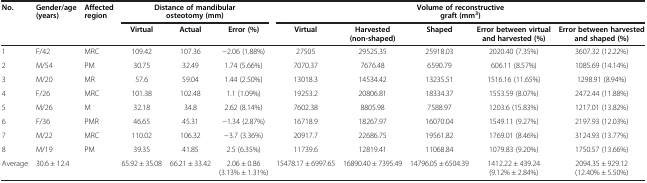
<table><thead><tr><td><b>No.</b></td><td><b>Gender/age (years)</b></td><td><b>Affected region</b></td><td colspan="3"><b>Distance of mandibular osteotomy (mm)</b></td><td colspan="5"><b>Volume of reconstructive graft (mm<sup>3</sup>)</b></td></tr><tr><td><b> </b></td><td><b> </b></td><td><b> </b></td><td><b>Virtual</b></td><td><b>Actual</b></td><td><b>Error (%)</b></td><td><b>Virtual</b></td><td><b>Harvested (non-shaped)</b></td><td><b>Shaped</b></td><td><b>Error between virtual and harvested (%)</b></td><td><b>Error between harvested and shaped (%)</b></td></tr></thead><tbody><tr><td>1</td><td>F/42</td><td>MRC</td><td>109.42</td><td>107.36</td><td>-2.06 (1.88%)</td><td>27505</td><td>29525.35</td><td>25918.03</td><td>2020.40 (7.35%)</td><td>3607.32 (12.22%)</td></tr><tr><td>2</td><td>M/54</td><td>PM</td><td>30.75</td><td>32.49</td><td>1.74 (5.66%)</td><td>7070.37</td><td>7676.48</td><td>6590.79</td><td>606.11 (8.57%)</td><td>1085.69 (14.14%)</td></tr><tr><td>3</td><td>M/20</td><td>MR</td><td>57.6</td><td>59.04</td><td>1.44 (2.50%)</td><td>13018.3</td><td>14534.42</td><td>13235.51</td><td>1516.16 (11.65%)</td><td>1298.91 (8.94%)</td></tr><tr><td>4</td><td>F/26</td><td>MRC</td><td>101.38</td><td>102.48</td><td>1.1 (1.09%)</td><td>19253.2</td><td>20806.81</td><td>18334.37</td><td>1553.59 (8.07%)</td><td>2472.44 (11.88%)</td></tr><tr><td>5</td><td>M/26</td><td>M</td><td>32.18</td><td>34.8</td><td>2.62 (8.14%)</td><td>7602.38</td><td>8805.98</td><td>7588.97</td><td>1203.6 (15.83%)</td><td>1217.01 (13.82%)</td></tr><tr><td>6</td><td>F/36</td><td>PMR</td><td>46.65</td><td>45.31</td><td>-1.34 (2.87%)</td><td>16718.9</td><td>18267.97</td><td>16070.04</td><td>1549.11 (9.27%)</td><td>2197.93 (12.03%)</td></tr><tr><td>7</td><td>M/22</td><td>MRC</td><td>110.02</td><td>106.32</td><td>-3.7 (3.36%)</td><td>20917.7</td><td>22686.75</td><td>19561.82</td><td>1769.01 (8.46%)</td><td>3124.93 (13.77%)</td></tr><tr><td>8</td><td>M/19</td><td>PM</td><td>39.35</td><td>41.85</td><td>2.5 (6.35%)</td><td>11739.6</td><td>12819.41</td><td>11068.84</td><td>1079.83 (9.20%)</td><td>1750.57 (13.66%)</td></tr><tr><td>Average</td><td>30.6 ± 12.4</td><td> </td><td>65.92 ± 35.08</td><td>66.21 ± 33.42</td><td>2.06 ± 0.86 (3.13% ± 1.31%)</td><td>15478.17 ± 6997.65</td><td>16890.40 ± 7395.49</td><td>14796.05 ± 6504.39</td><td>1412.22 ± 439.24 (9.12% ± 2.84%)</td><td>2094.35 ± 929.12 (12.40% ± 5.50%)</td></tr></tbody></table>